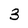
Character: 3